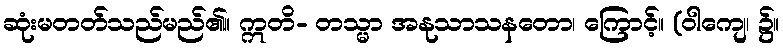
ဆုံးမတတ်သည်မည်၏။ ဣတိ- တသ္မာ အနုသာသနတော၊ ကြောင့်။ (ဝါကျေ၊ ၌။